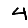
Digit: 4